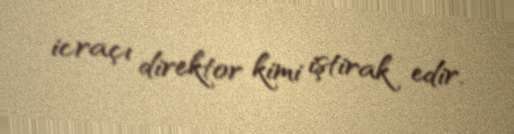
icraçı direktor kimi iştirak edir.